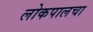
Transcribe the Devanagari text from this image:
लोकपालचा